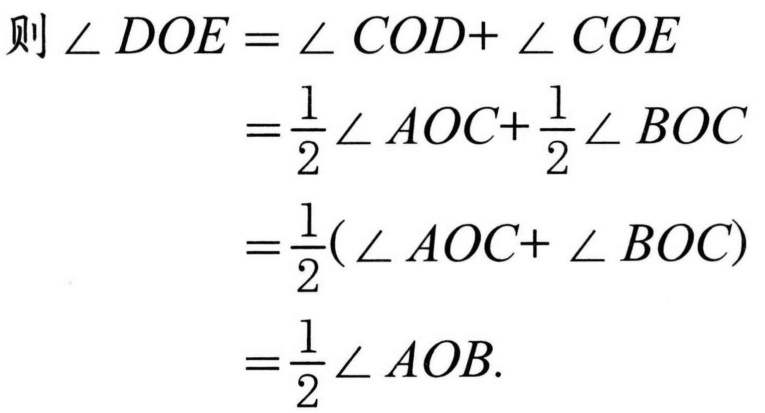
\[
\begin{align*}
\text{则 }\angle DOE&=\angle COD + \angle COE\\
&=\frac{1}{2}\angle AOC+\frac{1}{2}\angle BOC\\
&=\frac{1}{2}(\angle AOC + \angle BOC)\\
&=\frac{1}{2}\angle AOB.
\end{align*}
\]